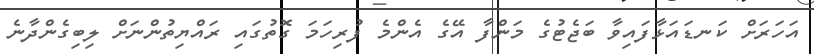
އަހަރަށް ކަނޑައަޅާފައިވާ ބަޖެޓުގެ މަންފާ އޭގެ އެންމެ ފުރިހަމަ ގޮތުގައި ރައްޔިތުންނަށް ލިބިގެންދާނެ